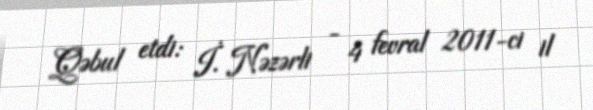
Qəbul etdi: İ. Nəzərli - 4 fevral 2011-ci il